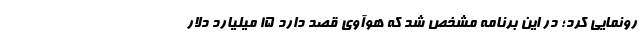
رونمایی کرد؛ در این برنامه مشخص شد که هوآوی قصد دارد 15 میلیارد دلار